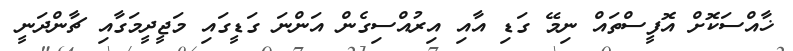
ޚާއްސަކޮށް އޮފީސްތައް ނިމޭ ގަޑި އާއި އިރުއްސިގެން އަންނަ ގަޑީގައި މަޖީދީމަގާއި ޗާންދަނީ